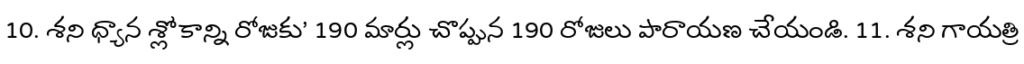
10. శని ధ్యాన శ్లోకాన్ని రోజుకు' 190 మార్లు చొప్పున 190 రోజులు పారాయణ చేయండి. 11. శని గాయత్రి